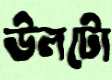
উলটো